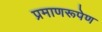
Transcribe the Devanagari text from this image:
प्रमाणरूपेण